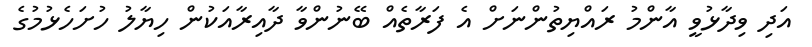
އަދި ވިދާޅުވީ އާންމު ރައްޔިތުންނަށް އެ ފަރާތެއް ބޭނުންވާ ދާއިރާއަކުން ހިޔާލު ހުށަހެޅުމުގެ